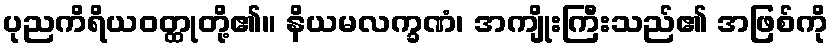
ပုညကိရိယဝတ္ထုတို့၏။ နိယမလက္ခဏံ၊ အကျိုးကြီးသည်၏ အဖြစ်ကို